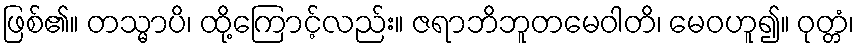
ဖြစ်၏။ တသ္မာပိ၊ ထို့ကြောင့်လည်း။ ဇရာဘိဘူတမေဝါတိ၊ မေဝဟူ၍။ ဝုတ္တံ၊